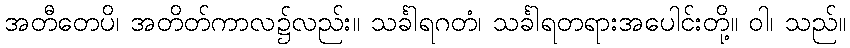
အတီတေပိ၊ အတိတ်ကာလ၌လည်း။ သင်္ခါရဂတံ၊ သင်္ခါရတရားအပေါင်းတို့။ ဝါ၊ သည်။